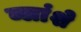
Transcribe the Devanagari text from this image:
ब्लांशे